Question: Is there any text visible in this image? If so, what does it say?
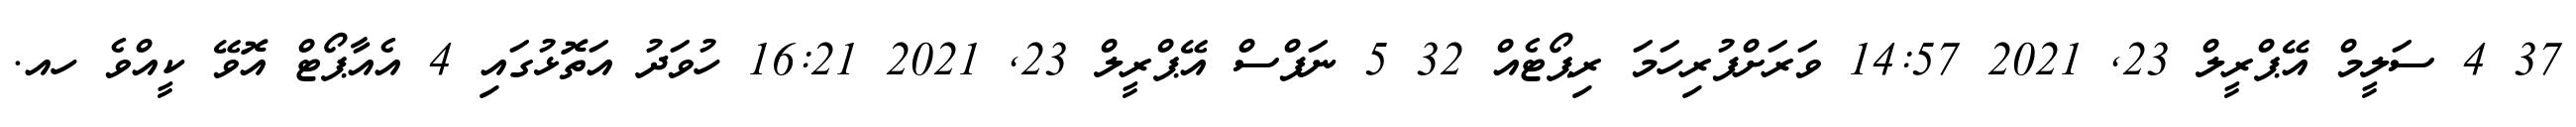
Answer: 37 4 ސަލީމް އޭޕްރީލް 23, 2021 14:57 ވަރަށްފުރިހަމަ ރިޕޯޓެއް 32 5 ނަފްސް އޭޕްރީލް 23, 2021 16:21 ހުވަދު އަތޮޅުގައި 4 އެއާޕޯޓް އޮވޭ ކީއްވެ ހއ.